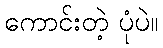
ကောင်းတဲ့ ပုံပဲ။